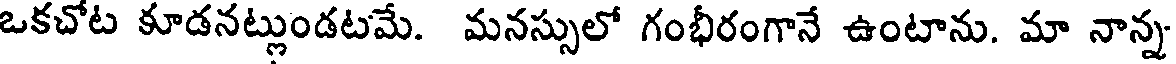
ఒకచోట కూడనట్లుండటమే. మనస్సులో గంభీరంగానే ఉంటాను. మా నాన్న